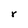
Character: r